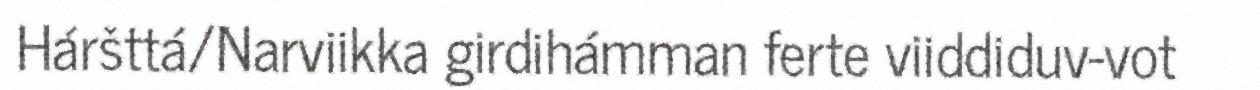
Háršttá/Narviikka girdihámman ferte viiddiduv-vot